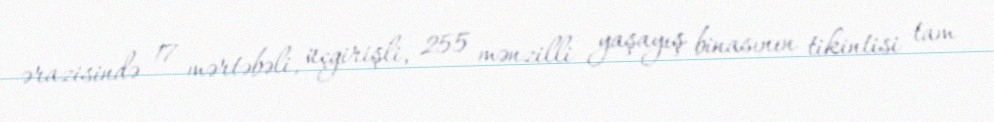
ərazisində 17 mərtəbəli, üçgirişli, 255 mənzilli yaşayış binasının tikintisi tam